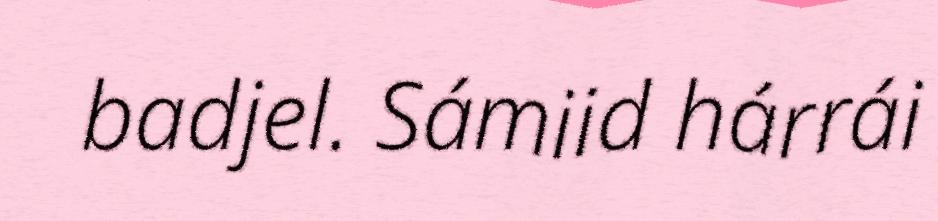
badjel. Sámiid hárrái